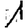
Digit: 1